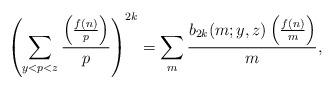
LaTeX: \begin{align*}\left(\sum_{y< p< z}\frac{\left(\frac{f(n)}{p}\right)}{p}\right)^{2k}= \sum_{m}\frac{b_{2k}(m;y, z)\left(\frac{f(n)}{m}\right)}{m}, \end{align*}